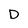
Character: D